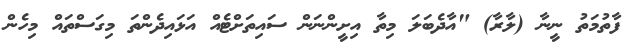
ފާތުމަތު ނީނާ (ލާރާ) "އާދެބަލަ މިތާ އިށީންނަން ސައިތަށްޓެއް އަޅައިދެންތަ މިގަސްތައް މިހެން